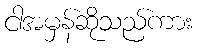
ငါအမှန်ဆိုသည်ကား